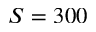
S = 3 0 0